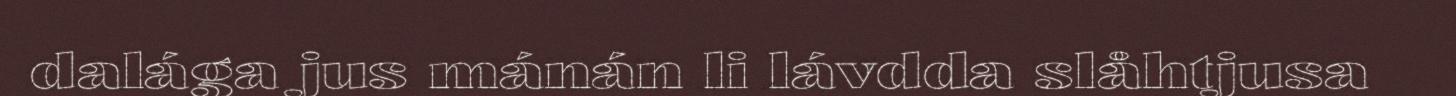
dalága jus mánán li lávdda slåhtjusa